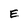
Character: E